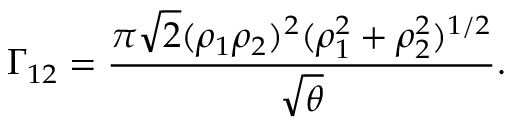
\Gamma _ { 1 2 } = { \frac { \pi \sqrt { 2 } ( \rho _ { 1 } \rho _ { 2 } ) ^ { 2 } ( \rho _ { 1 } ^ { 2 } + \rho _ { 2 } ^ { 2 } ) ^ { 1 / 2 } } { \sqrt { \theta } } } . \;